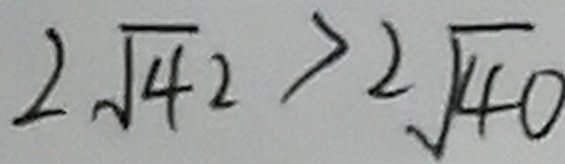
2 \sqrt { 4 2 } > 2 \sqrt { 4 0 }